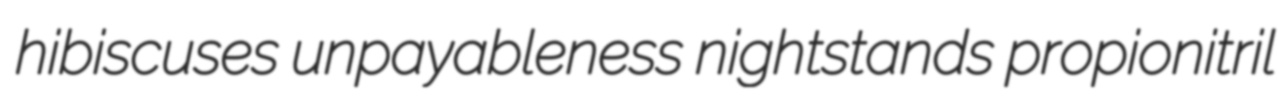
hibiscuses unpayableness nightstands propionitril